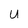
Character: U